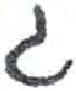
אות: ג